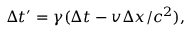
\Delta t ^ { \prime } = \gamma ( \Delta t - v \Delta x / c ^ { 2 } ) ,